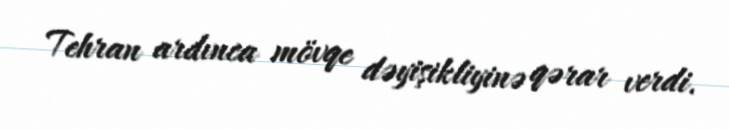
Tehran ardınca mövqe dəyişikliyinə qərar verdi.